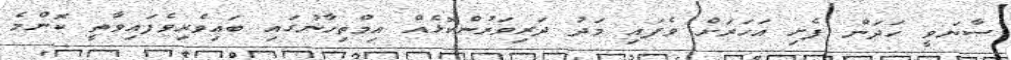
ސާނަވީ ހަދަން ފެށި އަހަރަށް ވެފައި މަދު ދަރިވަރުންކޮޅެއް އިމްތިހާނުގައި ބައިވެރިވެފައިވާތީ ކޮންމެ